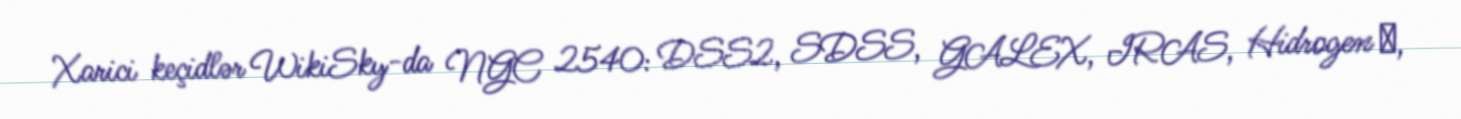
Xarici keçidlər WikiSky-da NGC 2540: DSS2, SDSS, GALEX, IRAS, Hidrogen α,